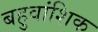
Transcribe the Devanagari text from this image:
बहुवांशिक